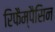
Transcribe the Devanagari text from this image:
रिफैम्पैसिन